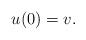
LaTeX: \begin{align*} u(0)=v. \end{align*}